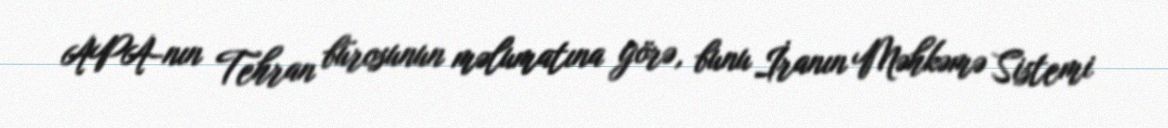
APA-nın Tehran bürosunun məlumatına görə, bunu İranın Məhkəmə Sistemi